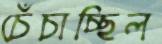
চেঁচাচ্ছিল